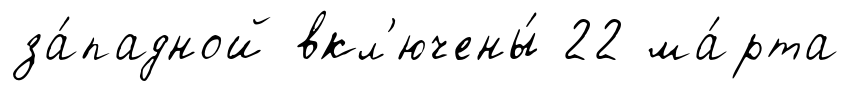
за́падной вкл'ючены́ 22 ма́рта